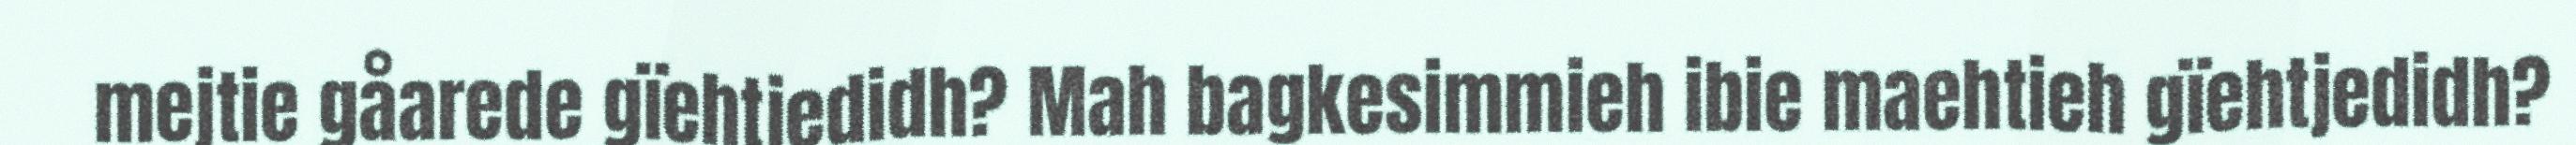
mejtie gåarede gïehtjedidh? Mah bagkesimmieh ibie maehtieh gïehtjedidh?